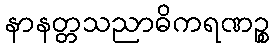
နာနတ္တသညာဓိကရဏဉ္စ